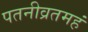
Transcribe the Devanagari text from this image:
पतनीव्रतमहं